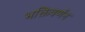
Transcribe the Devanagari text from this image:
भक्तिवर्णन